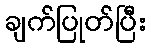
ချက်ပြုတ်ပြီး